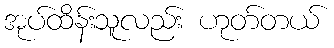
အုပ်ထိန်းသူလည်း ဟုတ်တယ်